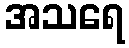
အသရေ